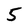
Character: 5